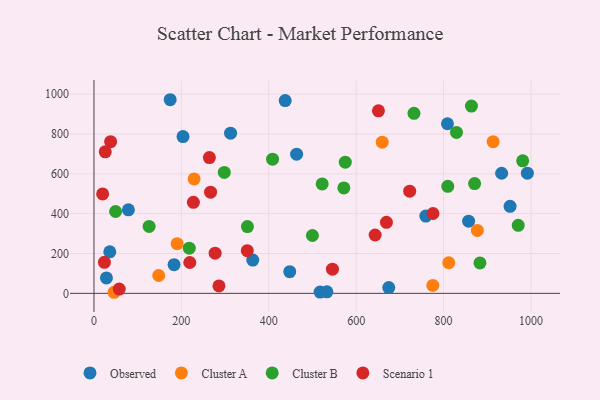
{"axis": {"x": "Distance", "y": "Sales"}, "legend": ["Cluster A", "Cluster B", "Observed", "Scenario 1"], "data": [{"x": "952.2", "y": 436.8, "type": "Observed"}, {"x": "78.8", "y": 419.5, "type": "Observed"}, {"x": "312.6", "y": 804.1, "type": "Observed"}, {"x": "759.4", "y": 387.8, "type": "Observed"}, {"x": "517.4", "y": 6.5, "type": "Observed"}, {"x": "857.3", "y": 362.4, "type": "Observed"}, {"x": "36.2", "y": 208.5, "type": "Observed"}, {"x": "437.6", "y": 967.7, "type": "Observed"}, {"x": "174.4", "y": 972.0, "type": "Observed"}, {"x": "28.5", "y": 77.6, "type": "Observed"}, {"x": "463.7", "y": 698.9, "type": "Observed"}, {"x": "203.8", "y": 786.8, "type": "Observed"}, {"x": "183.3", "y": 144.2, "type": "Observed"}, {"x": "533.0", "y": 7.6, "type": "Observed"}, {"x": "363.4", "y": 167.1, "type": "Observed"}, {"x": "932.9", "y": 603.0, "type": "Observed"}, {"x": "991.8", "y": 603.2, "type": "Observed"}, {"x": "674.6", "y": 28.8, "type": "Observed"}, {"x": "448.0", "y": 108.8, "type": "Observed"}, {"x": "808.9", "y": 851.4, "type": "Observed"}, {"x": "659.6", "y": 758.8, "type": "Cluster A"}, {"x": "913.4", "y": 761.5, "type": "Cluster A"}, {"x": "811.9", "y": 153.5, "type": "Cluster A"}, {"x": "775.4", "y": 39.8, "type": "Cluster A"}, {"x": "877.3", "y": 315.9, "type": "Cluster A"}, {"x": "190.3", "y": 249.5, "type": "Cluster A"}, {"x": "148.2", "y": 89.7, "type": "Cluster A"}, {"x": "45.9", "y": 5.4, "type": "Cluster A"}, {"x": "229.1", "y": 574.4, "type": "Cluster A"}, {"x": "883.3", "y": 152.7, "type": "Cluster B"}, {"x": "298.2", "y": 607.1, "type": "Cluster B"}, {"x": "809.6", "y": 537.5, "type": "Cluster B"}, {"x": "571.8", "y": 529.4, "type": "Cluster B"}, {"x": "522.2", "y": 549.2, "type": "Cluster B"}, {"x": "871.0", "y": 551.1, "type": "Cluster B"}, {"x": "499.9", "y": 290.3, "type": "Cluster B"}, {"x": "575.1", "y": 658.3, "type": "Cluster B"}, {"x": "49.5", "y": 411.0, "type": "Cluster B"}, {"x": "981.1", "y": 665.5, "type": "Cluster B"}, {"x": "863.8", "y": 940.0, "type": "Cluster B"}, {"x": "408.7", "y": 673.7, "type": "Cluster B"}, {"x": "732.3", "y": 903.9, "type": "Cluster B"}, {"x": "970.9", "y": 341.4, "type": "Cluster B"}, {"x": "218.1", "y": 227.0, "type": "Cluster B"}, {"x": "126.2", "y": 336.1, "type": "Cluster B"}, {"x": "829.5", "y": 807.7, "type": "Cluster B"}, {"x": "351.2", "y": 335.1, "type": "Cluster B"}, {"x": "38.1", "y": 761.5, "type": "Scenario 1"}, {"x": "266.8", "y": 508.1, "type": "Scenario 1"}, {"x": "25.8", "y": 710.6, "type": "Scenario 1"}, {"x": "545.7", "y": 121.6, "type": "Scenario 1"}, {"x": "350.8", "y": 214.1, "type": "Scenario 1"}, {"x": "643.4", "y": 292.9, "type": "Scenario 1"}, {"x": "286.0", "y": 37.2, "type": "Scenario 1"}, {"x": "669.3", "y": 356.4, "type": "Scenario 1"}, {"x": "57.8", "y": 21.7, "type": "Scenario 1"}, {"x": "775.8", "y": 400.9, "type": "Scenario 1"}, {"x": "23.9", "y": 155.6, "type": "Scenario 1"}, {"x": "227.5", "y": 456.9, "type": "Scenario 1"}, {"x": "264.1", "y": 681.6, "type": "Scenario 1"}, {"x": "219.3", "y": 154.9, "type": "Scenario 1"}, {"x": "19.8", "y": 499.3, "type": "Scenario 1"}, {"x": "277.2", "y": 201.7, "type": "Scenario 1"}, {"x": "651.0", "y": 916.1, "type": "Scenario 1"}, {"x": "722.5", "y": 512.8, "type": "Scenario 1"}]}